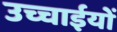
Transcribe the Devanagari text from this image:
उच्चाईयों